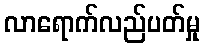
လာရောက်လည်ပတ်မှု